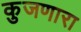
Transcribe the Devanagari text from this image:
कुजणारा